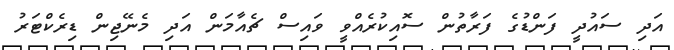
އަދި ސައުދީ ފަންޑުގެ ފަރާތުން ސޮއިކުރެއްވީ ވައިސް ޗެއާމަން އަދި މެނޭޖިން ޑިރެކްޓަރު